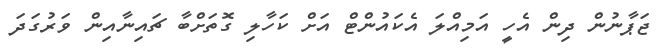
ޖަޕާނުން ދިން އެހީ އަމިއްލަ އެކައުންޓް އަށް ކަހާލި ގޮތަށްބާ ޗައިނާއިން ވަރުގަދަ